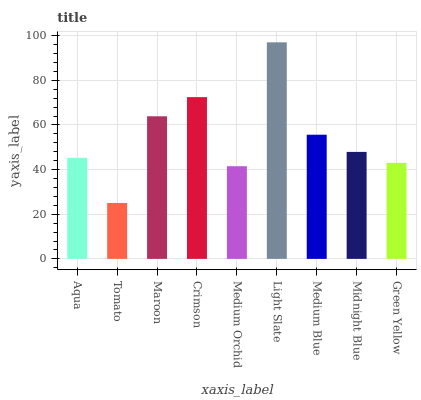
| xaxis_label | bars |
 | --- | --- |
 | Aqua | 45.3 |
 | Tomato | 25 |
 | Maroon | 63.9 |
 | Crimson | 72.5 |
 | Medium Orchid | 41.5 |
 | Light Slate | 97 |
 | Medium Blue | 55.6 |
 | Midnight Blue | 47.9 |
 | Green Yellow | 43 |